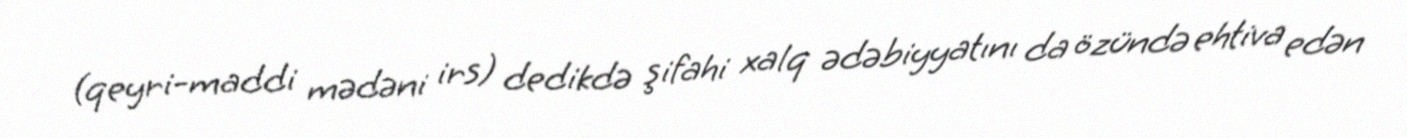
(qeyri-maddi mədəni irs) dedikdə şifahi xalq ədəbiyyatını da özündə ehtiva edən